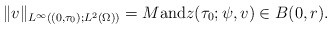
\begin{align*}\|v\|_{L^\infty((0,\tau_0); L^2(\Omega))}=M\mbox{\rm and}z(\tau_0; \psi,v)\in B(0,r).\end{align*}